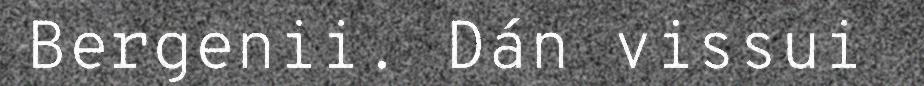
Bergenii. Dán vissui